Report on horse surra - Volume I
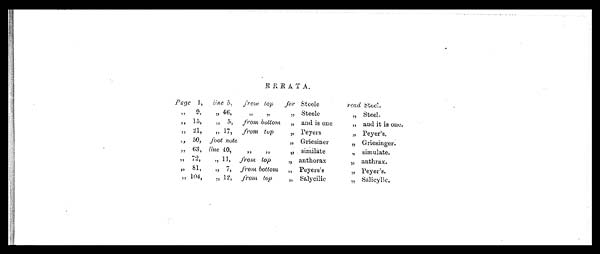
ERRATA.
Page 1,
„ 9,
„ 15,
„ 21,
„ 50,
„ 63,
„ 72,
„ 81,
„ 104,
line 5,
„ 46,
„ 5,
„ 17,
foot note
line 40,
„ 11,
„ 7,
„ 12,
from top
„ „
from bottom
from top
„ „
from top
from bottom
from top
for
„
„
„
„
„
„
„
„
Steele
Steele
and is one
Peyers
Griesiner
similate
anthorax
Peyers's
Salyeilic
read Steel.
„
„
„
„
„
„
„
„
Steel.
and it is one.
Peyer's.
Griesinger.
simulate.
anthrax.
Peyer's.
Salicylic.